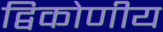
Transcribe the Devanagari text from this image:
द्विकोणीय